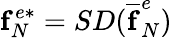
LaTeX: \mathbf{f}_{N}^{e*}=SD(\mathbf{\overline{{f}}}_{N}^{e})